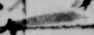
一